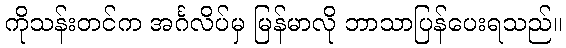
ကိုသန်းတင်က အင်္ဂလိပ်မှ မြန်မာလို ဘာသာပြန်ပေးရသည်။